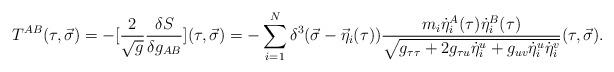
LaTeX: \begin{align*}T^{AB}(\tau ,\vec \sigma )=-[{2\over {\sqrt{g}}}{{\delta S}\over{\delta g_{AB}}}](\tau ,\vec \sigma )=-\sum_{i=1}^N\delta^3(\vec\sigma -{\vec \eta}_i(\tau )) {{m_i{\dot \eta}^A_i(\tau ){\dot \eta}^B_i(\tau )}\over{\sqrt{g_{\tau\tau}+2g_{\tau u}{\dot \eta}^u_i +g_{uv}{\dot \eta}^u_i{\dot \eta}^v_i}}}(\tau ,\vec \sigma ).\end{align*}